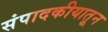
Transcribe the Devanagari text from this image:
संपादकीयातून